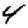
Digit: 4